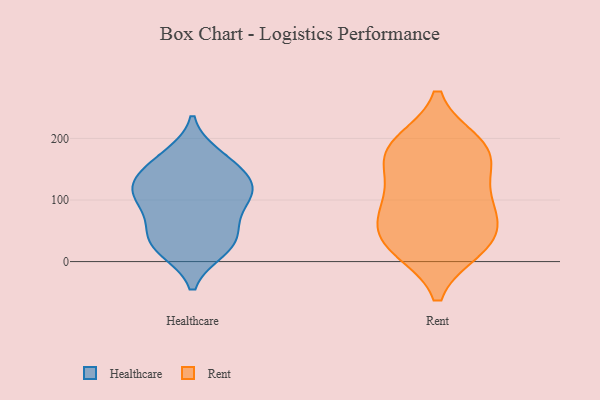
{"axis": {"x": "Revenue (USD Million)", "y": "Value"}, "legend": ["Healthcare", "Rent"], "data": [{"x": "", "y": 54, "type": "Healthcare"}, {"x": "", "y": 74, "type": "Healthcare"}, {"x": "", "y": 164, "type": "Healthcare"}, {"x": "", "y": 114, "type": "Healthcare"}, {"x": "", "y": 132, "type": "Healthcare"}, {"x": "", "y": 106, "type": "Healthcare"}, {"x": "", "y": 172, "type": "Healthcare"}, {"x": "", "y": 20, "type": "Healthcare"}, {"x": "", "y": 119, "type": "Healthcare"}, {"x": "", "y": 154, "type": "Healthcare"}, {"x": "", "y": 121, "type": "Healthcare"}, {"x": "", "y": 19, "type": "Healthcare"}, {"x": "", "y": 42, "type": "Healthcare"}, {"x": "", "y": 29, "type": "Healthcare"}, {"x": "", "y": 100, "type": "Healthcare"}, {"x": "", "y": 87, "type": "Rent"}, {"x": "", "y": 24, "type": "Rent"}, {"x": "", "y": 91, "type": "Rent"}, {"x": "", "y": 22, "type": "Rent"}, {"x": "", "y": 181, "type": "Rent"}, {"x": "", "y": 88, "type": "Rent"}, {"x": "", "y": 39, "type": "Rent"}, {"x": "", "y": 38, "type": "Rent"}, {"x": "", "y": 172, "type": "Rent"}, {"x": "", "y": 182, "type": "Rent"}, {"x": "", "y": 140, "type": "Rent"}, {"x": "", "y": 191, "type": "Rent"}]}